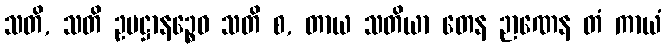
သတိ, သတိ ဥပဋ္ဌာနဉ္စေဝ သတိ စ, တာယ သတိယာ တေန ဉာဏေန တံ ကာယံ